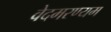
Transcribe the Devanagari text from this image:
वेदमरण्यम